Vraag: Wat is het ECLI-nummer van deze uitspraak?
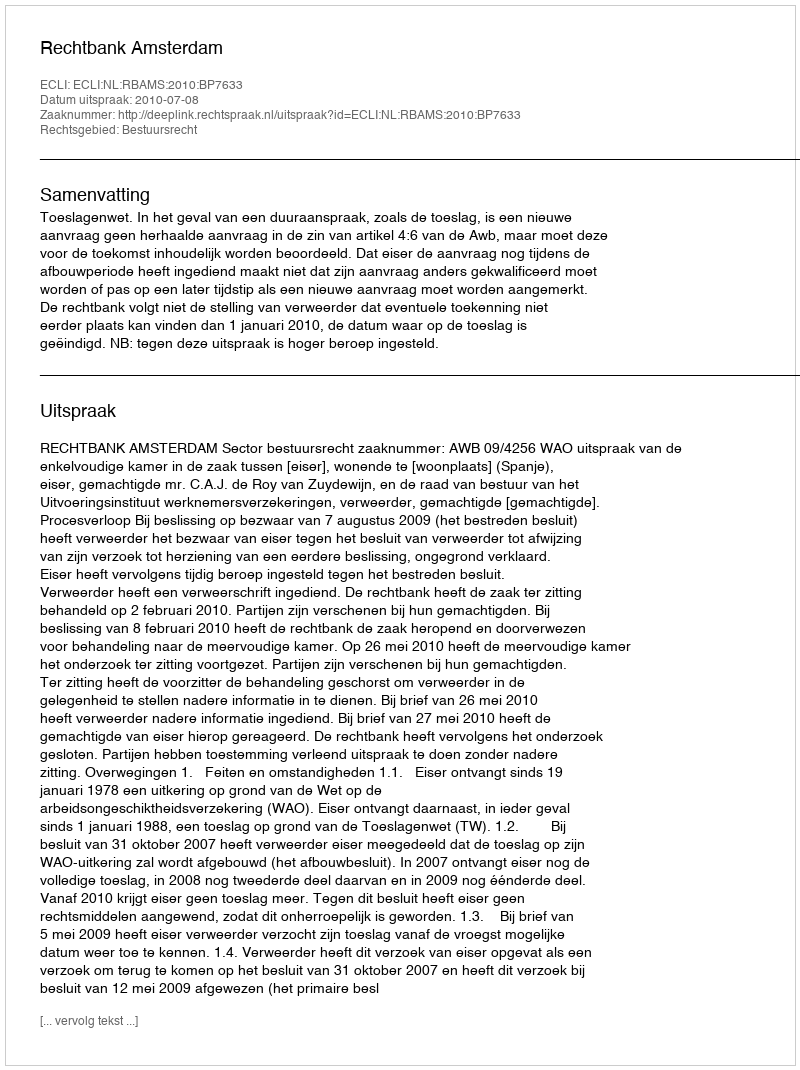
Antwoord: ECLI:NL:RBAMS:2010:BP7633